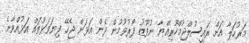
މަރުހަލާ އަށް ރައީސުލްޖުމްހޫރިއްޔާ ނުފޫޒު ފޯރުވުމުން ދެން އަޅަން ޖެހޭ ފިޔަވަޅުތައް އަޅުއްވާނެ